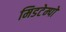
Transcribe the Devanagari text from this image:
मिडटेम्पो